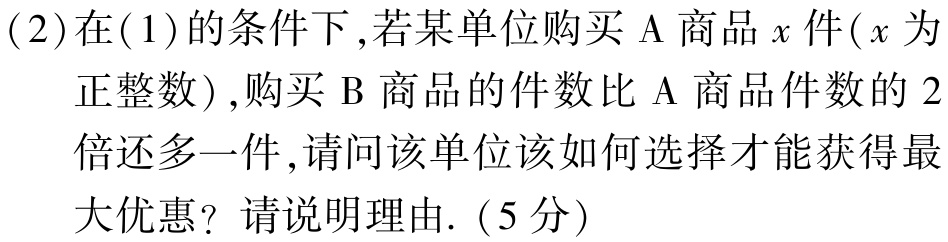
(2)在(1)的条件下,若某单位购买$\mathrm{A}$商品$x$件($x$为正整数),购买$\mathrm{B}$商品的件数比$\mathrm{A}$商品件数的$2$倍还多一件,请问该单位该如何选择才能获得最大优惠? 请说明理由.（5分）